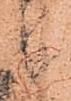
候